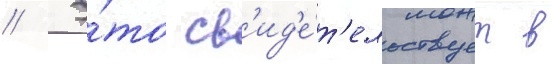
// Э́то св'ид'е́т'ельствует в